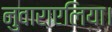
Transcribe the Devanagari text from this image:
नुवाराएलिया।